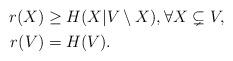
LaTeX: \begin{align*} \begin{aligned} r(X) & \geq H(X|V \setminus X), \forall X \subsetneq V, \\ r(V) & = H(V). \end{aligned}\end{align*}